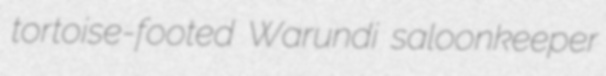
tortoise-footed Warundi saloonkeeper